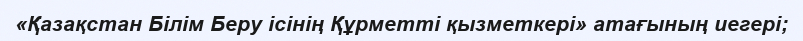
«Қазақстан Білім Беру ісінің Құрметті қызметкері» атағының иегері;